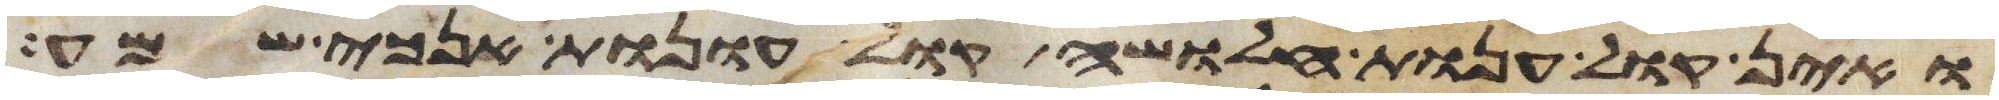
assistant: ואין קול ענות חלושה קול עונות אנכי שמע